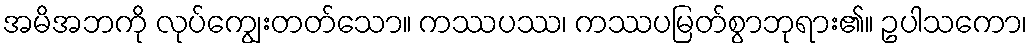
အမိအဘကို လုပ်ကျွေးတတ်သော။ ကဿပဿ၊ ကဿပမြတ်စွာဘုရား၏။ ဥပါသကော၊